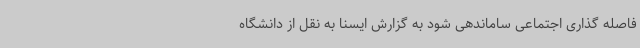
فاصله گذاری اجتماعی ساماندهی شود به گزارش ایسنا به نقل از دانشگاه